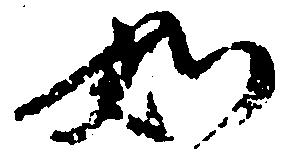
如